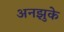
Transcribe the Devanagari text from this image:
अनझुके